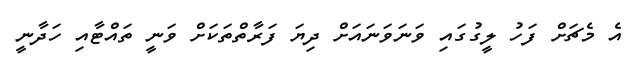
އެ މެޗަށް ފަހު ލީގުގައި ވަނަވަނައަށް ދިޔަ ފަރާތްތަކަށް ވަނީ ތައްޓާއި ހަދާނީ